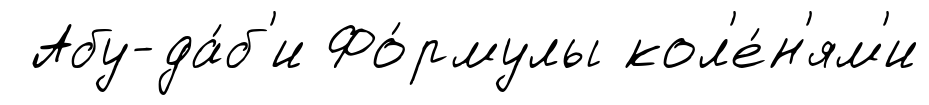
Абу-да́б'и Фо́рмулы кол'е́н'ям'и